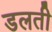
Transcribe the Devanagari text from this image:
डलती